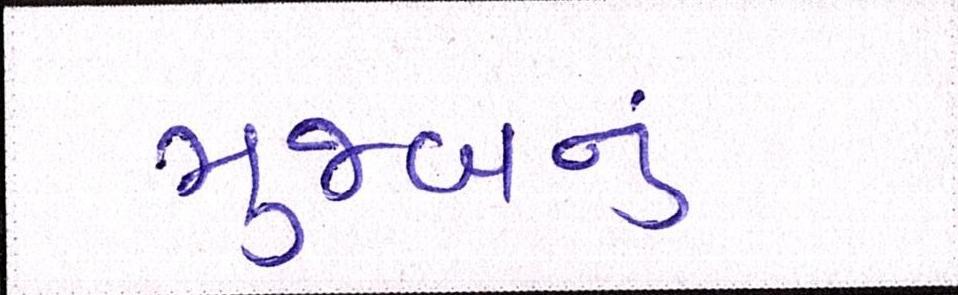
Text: મુજબનું